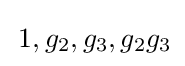
\,1,g_{2},g_{3},g_{2}g_{3}